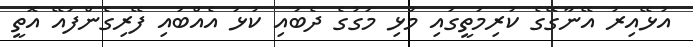
އުޅޭއިރު އޭނާގޭގެ ކުރިމަތީގައި މުޅި މަގުގެ ދެބައި ކުޅަ އެއްބައި ފޭރިގެންފައޭ އޮތީ